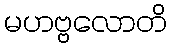
မဟဗ္ဗလောတိ